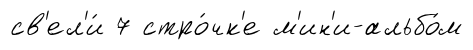
св'ел'и́ 7 стро́чк'е м'ин'и-альбо́м